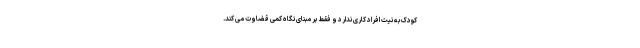
کودک به نیت افراد کاری ندارد و فقط بر مبنای نگاه کمّی قضاوت می کند.